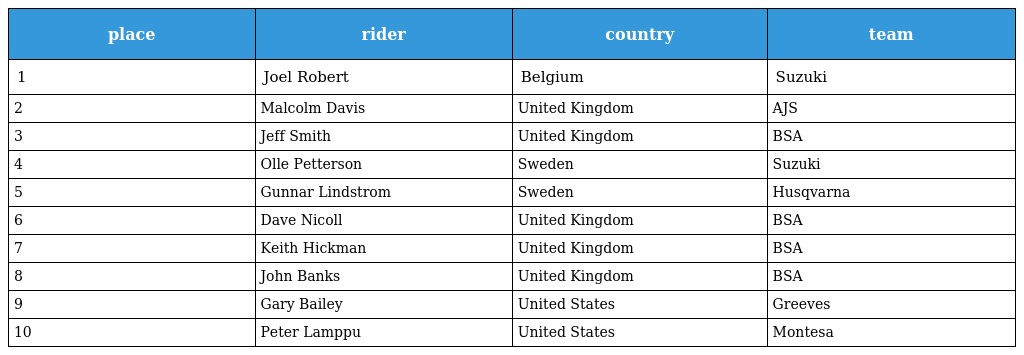
| place | rider | country | team |
 | --- | --- | --- | --- |
 | 1 | Joel Robert | Belgium | Suzuki |
 | 2 | Malcolm Davis | United Kingdom | AJS |
 | 3 | Jeff Smith | United Kingdom | BSA |
 | 4 | Olle Petterson | Sweden | Suzuki |
 | 5 | Gunnar Lindstrom | Sweden | Husqvarna |
 | 6 | Dave Nicoll | United Kingdom | BSA |
 | 7 | Keith Hickman | United Kingdom | BSA |
 | 8 | John Banks | United Kingdom | BSA |
 | 9 | Gary Bailey | United States | Greeves |
 | 10 | Peter Lamppu | United States | Montesa |